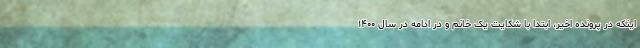
اینکه در پرونده اخیر، ابتدا با شکایت یک خانم و در ادامه در سال ۱۴۰۰